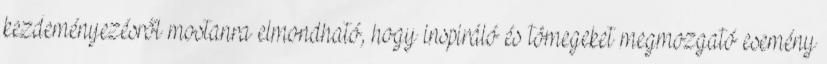
kezdeményezésről mostanra elmondható, hogy inspiráló és tömegeket megmozgató esemény